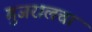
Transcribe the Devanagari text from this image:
गुजरालचा